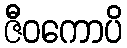
ဇီဝကောပိ